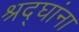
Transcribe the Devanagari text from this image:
श्रद्घांना